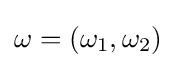
\omega =\left(\omega _{1},\omega _{2}\right)